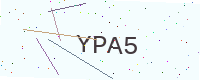
Text: YPA5